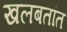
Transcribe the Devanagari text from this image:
खलबतांत